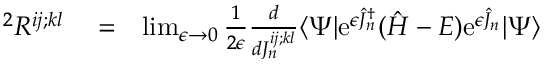
\begin{array} { r l r } { { } ^ { 2 } R ^ { i j ; k l } } & { { } = } & { \operatorname* { l i m } _ { \epsilon \rightarrow 0 } \frac { 1 } { 2 \epsilon } \frac { d } { d J _ { n } ^ { i j ; k l } } \langle \Psi | \mathrm { e } ^ { \epsilon \hat { J } _ { n } ^ { \dagger } } ( \hat { H } - E ) \mathrm { e } ^ { \epsilon \hat { J } _ { n } } | \Psi \rangle } \end{array}